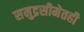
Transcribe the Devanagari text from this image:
समुद्रसीमेतही